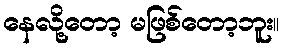
နေလို့တော့ မဖြစ်တော့ဘူး။